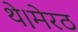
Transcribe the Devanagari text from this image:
थे।मेरठ